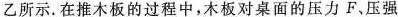
乙所示.在推木板的过程中，木板对桌面的压力F、压强